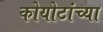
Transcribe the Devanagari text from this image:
कोयोटांच्या